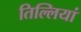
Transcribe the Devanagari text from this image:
तिल्लियां